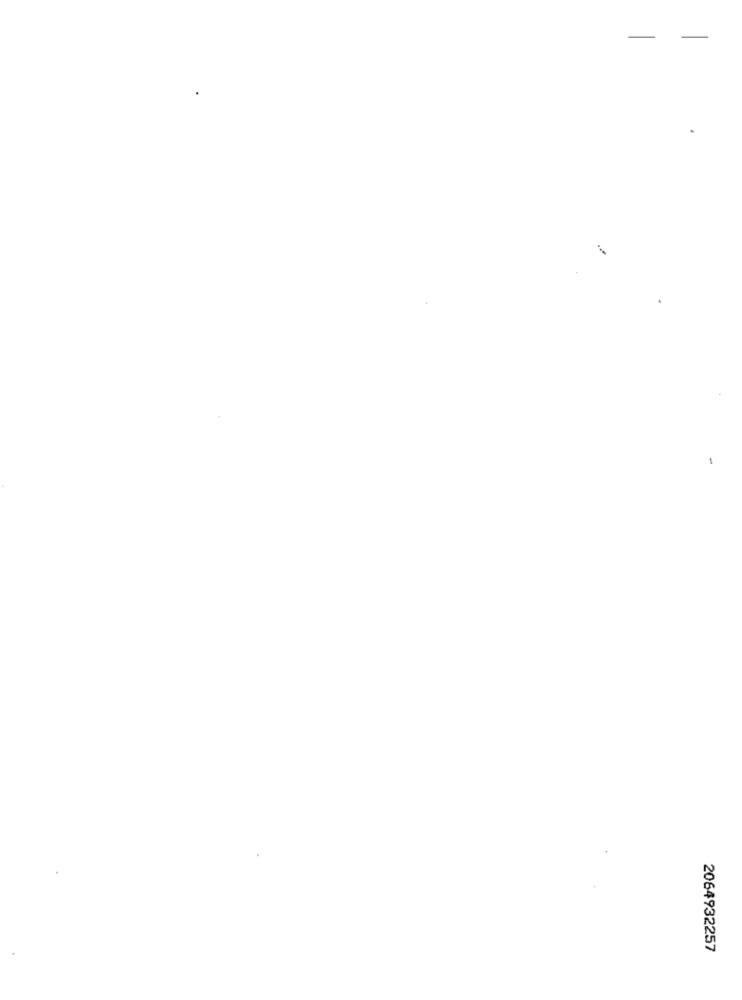
2064932257